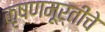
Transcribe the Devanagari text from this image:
कृषणमूर्तींचे